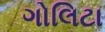
ગોલિટા